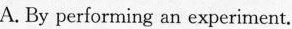
A. By performing an experiment.